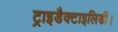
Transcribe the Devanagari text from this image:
ट्राइडैक्टाइलिडी।